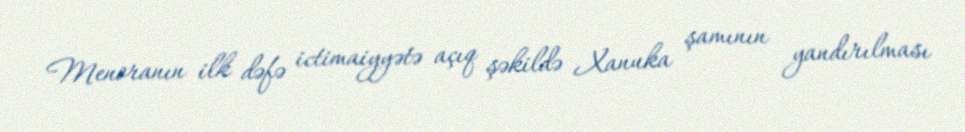
Menoranın ilk dəfə ictimaiyyətə açıq şəkildə Xanuka şamının yandırılması